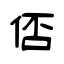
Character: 俖